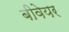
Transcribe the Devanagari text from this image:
बीवेयर